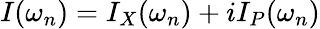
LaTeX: I(\omega_{n})=I_{X}(\omega_{n})+iI_{P}(\omega_{n})